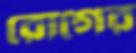
রোগের